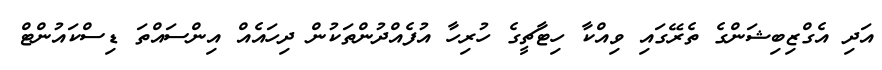
އަދި އެގްޒިބިޝަންގެ ތެރޭގައި ވިއްކާ ހިޓާޗީގެ ހުރިހާ އުފެއްދުންތަކުން ދިހައެއް އިންސައްތަ ޑިސްކައުންޓް